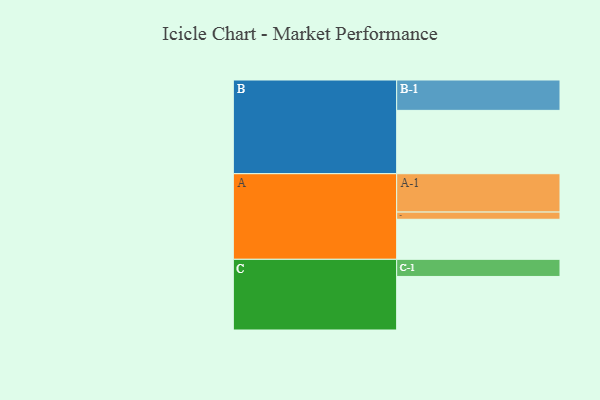
{"axis": {"x": "Segment", "y": "Value"}, "legend": ["", "A", "B", "C"], "data": [{"x": "A", "y": 306, "type": ""}, {"x": "B", "y": 484, "type": ""}, {"x": "C", "y": 409, "type": ""}, {"x": "A-1", "y": 293, "type": "A"}, {"x": "A-2", "y": 55, "type": "A"}, {"x": "B-1", "y": 232, "type": "B"}, {"x": "C-1", "y": 131, "type": "C"}]}